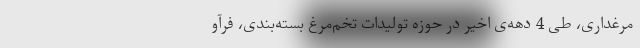
مرغداری، طی 4 دهه‌ی اخیر در حوزه‌ تولیدات تخم‌مرغ بسته‌بندی، فرآو